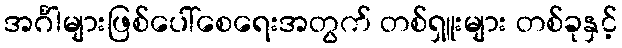
အင်္ဂါများဖြစ်ပေါ်စေရေးအတွက် တစ်ရှူးများ တစ်ခုနှင့်